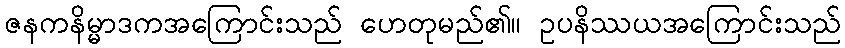
ဇနကနိမ္မာဒကအကြောင်းသည် ဟေတုမည်၏။ ဥပနိဿယအကြောင်းသည်